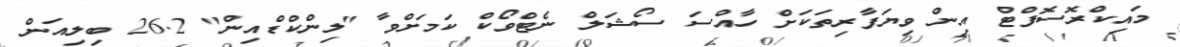
މައިކްރޮސޮފްޓް އިން ވިޔަފާރިތަކަށް ހާއްސަ ސޯޝަލް ނެޓްވޯކް ކަމަށްވާ "ލިންކްޑްއިން" 26.2 ބިލިއަން